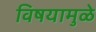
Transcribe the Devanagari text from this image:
विषयामुळे